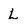
Character: L